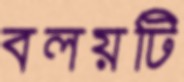
বলয়টি